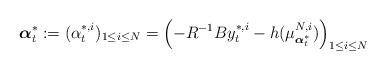
LaTeX: \begin{align*}\boldsymbol{\alpha}_t^*:=(\alpha_t^{*,i})_{1\leq i\leq N}=\left(-R^{-1}By_t^{*,i}-h(\mu^{N,i}_{\boldsymbol{\alpha}^*_t})\right)_{1\leq i\leq N}\end{align*}